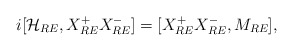
\begin{align*}i[{\cal H}_{RE}, X_{RE}^+X_{RE}^-]=[X_{RE}^+X_{RE}^-,M_{RE}],\end{align*}